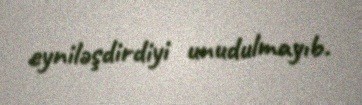
eyniləşdirdiyi unudulmayıb.